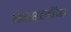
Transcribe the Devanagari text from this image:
फेसलॉक